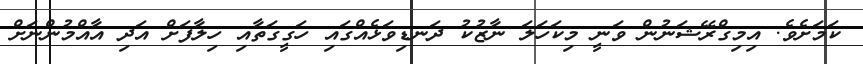
ކަމަށެވެ. އިމިގްރޭޝަނުން ވަނީ މިކަހަލަ ނާޒުކު ދަނޑިވަޅެއްގައި ހަގީގަތާއި ހިލާފަށް އަދި އާއްމުންނަށް